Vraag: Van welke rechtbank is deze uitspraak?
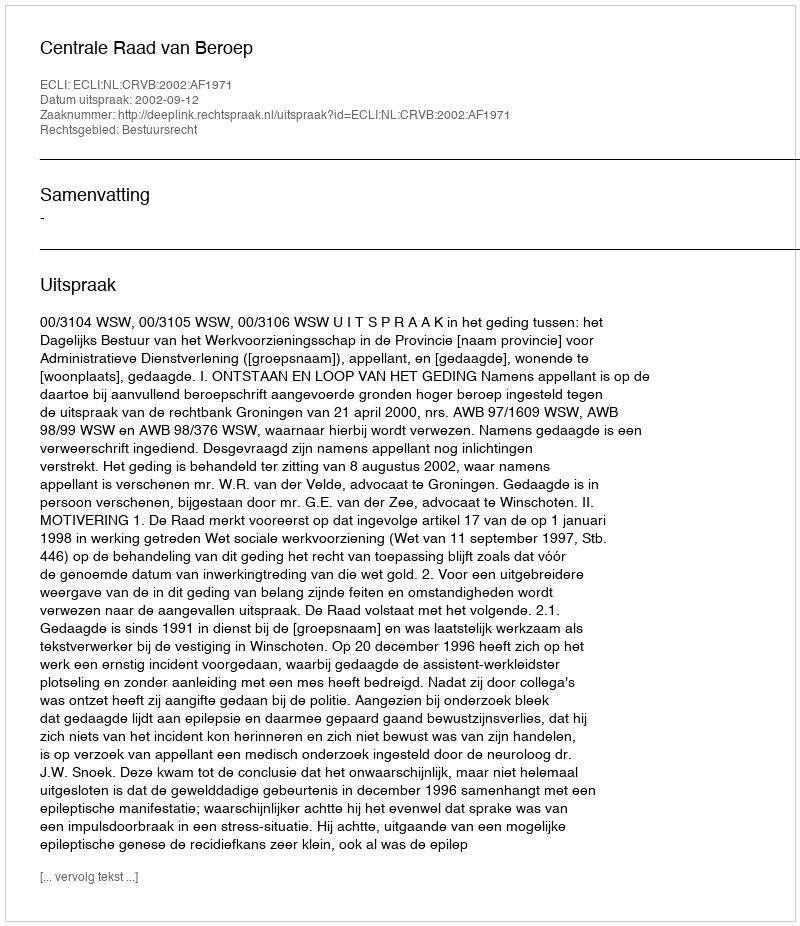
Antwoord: Centrale Raad van Beroep